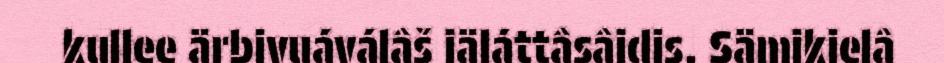
kullee ärbivuáválâš iäláttâsâidis. Sämikielâ